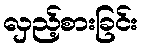
လှည့်စားခြင်း